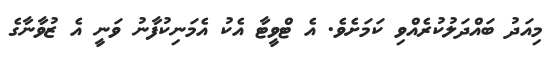
މިއަދު ބައްދަލުކުރެއްވި ކަމަށެވެ. އެ ޓްވީޓާ އެކު އެމަނިކުފާނު ވަނީ އެ ޒުވާނާގެ